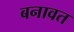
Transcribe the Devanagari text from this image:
बनावत